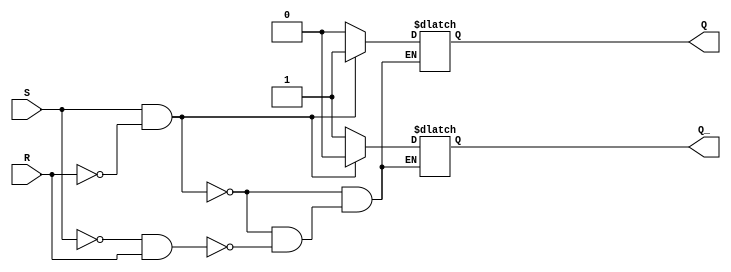
module sr_latch (
    input S, // Set input
    input R, // Reset input
    output reg Q, // Output Q
    output reg Q_ // Output Q'
);

always @ (S, R)
begin
    if (S && ~R) // Set state
    begin
        Q = 1;
        Q_ = 0;
    end
    else if (~S && R) // Reset state
    begin
        Q = 0;
        Q_ = 1;
    end
end

endmodule